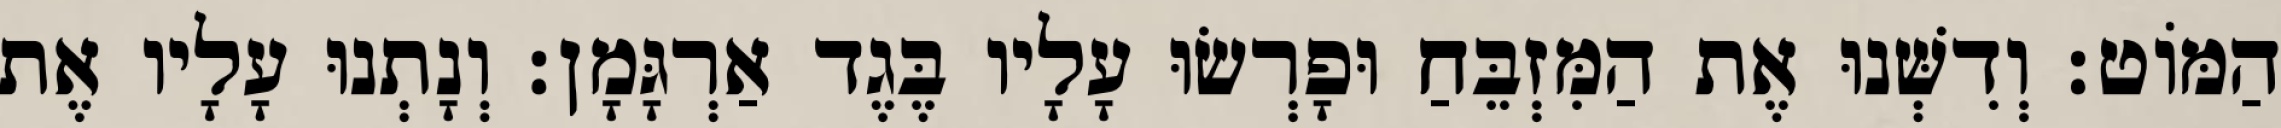
הַמּוֹט׃ וְדִשְּׁנוּ אֶת הַמִּזְבֵּחַ וּפָרְשׂוּ עָלָיו בֶּגֶד אַרְגָּמָן׃ וְנָתְנוּ עָלָיו אֶת